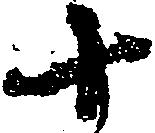
十